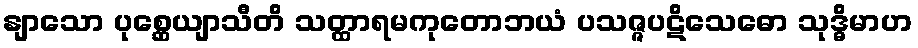
နျာသော ပုစ္ဆေယျာသီတိ သတ္ထာရမကုတောဘယံ ပသဇ္ဇပဋိသေဓော သုဒ္ဓိမာဟ